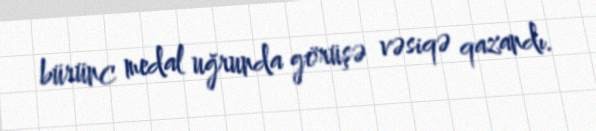
bürünc medal uğrunda görüşə vəsiqə qazandı.